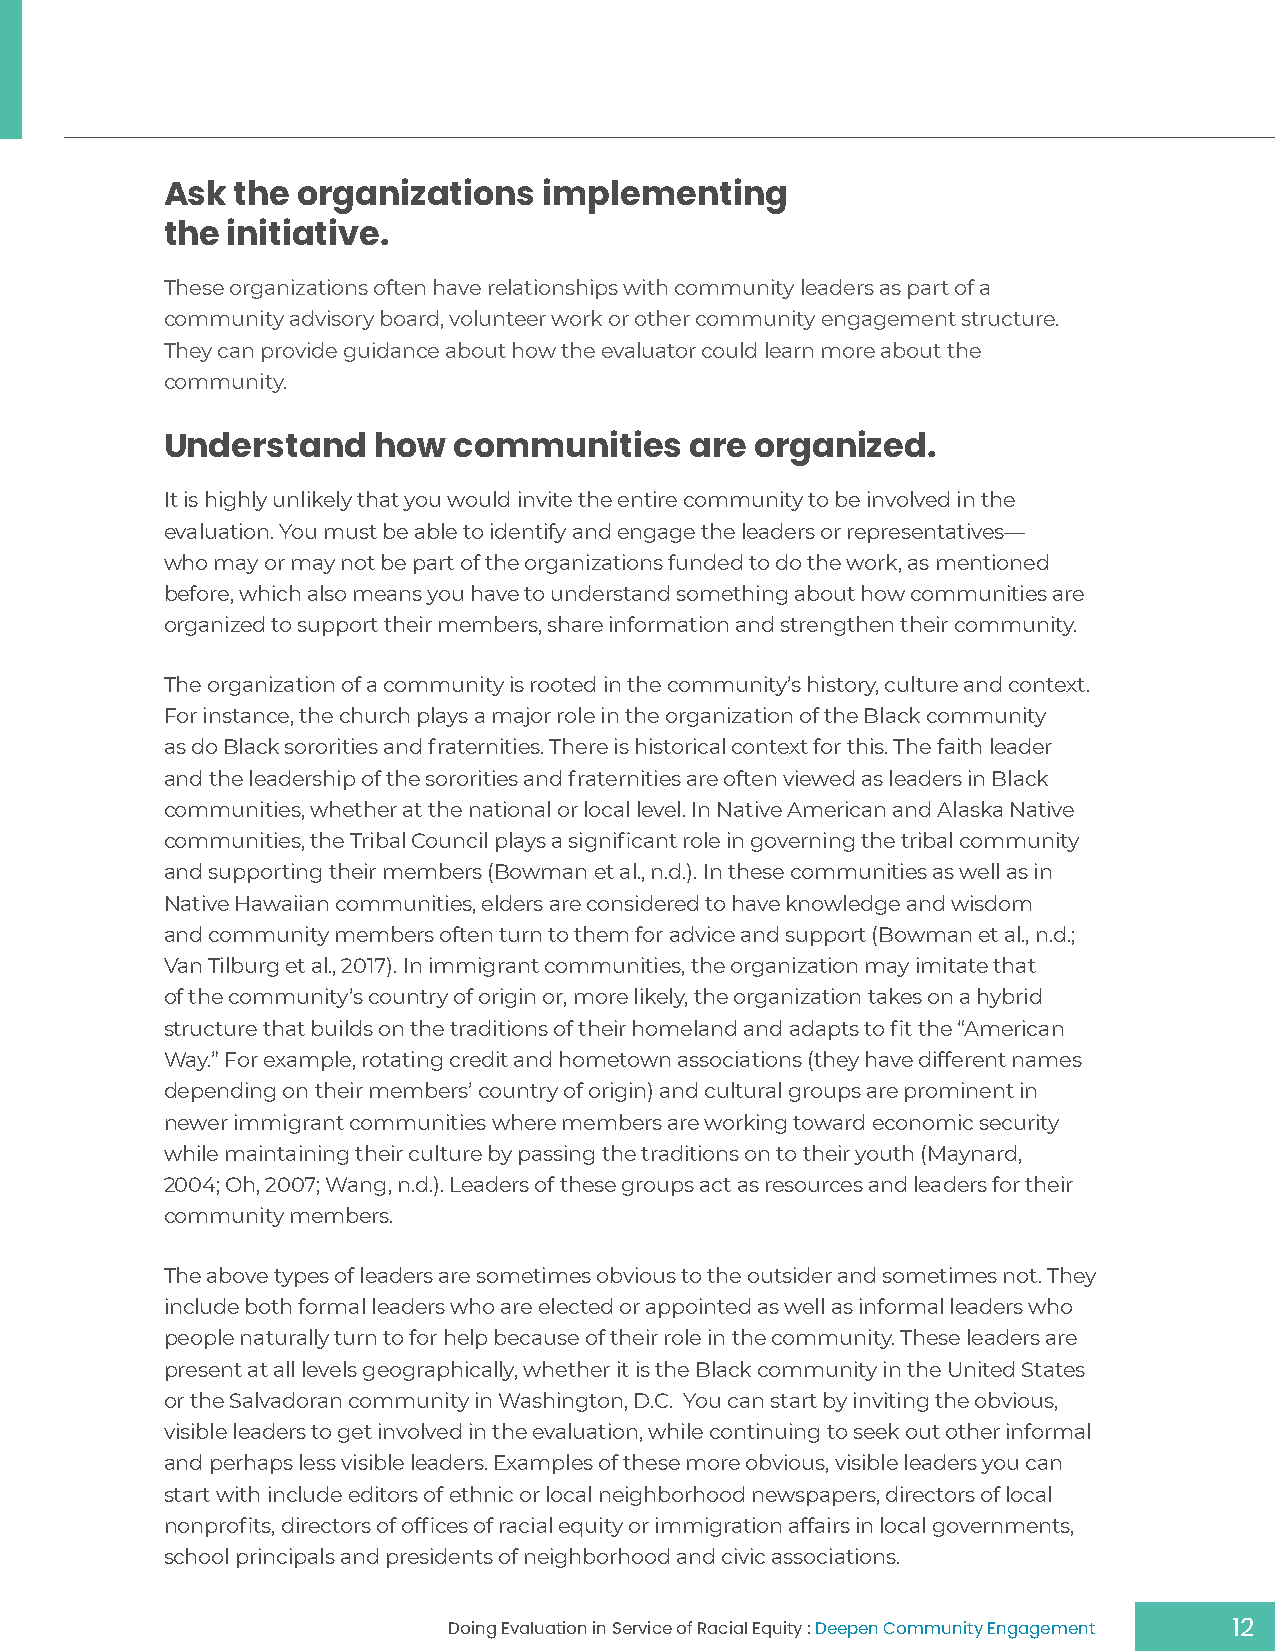
Ask  the organizations   implementing
 the initiative.
 These organizations often have relationships with community leaders as part of a
 community advisory board, volunteer work or other community engagement structure.
 They can provide guidance about how the evaluator could learn more about the
 community.
 Understand    how  communities     are organized.
 It is highly unlikely that you would invite the entire community to be involved in the
 evaluation. You must be able to identify and engage the leaders or representatives—
 who may or may not be part of the organizations funded to do the work, as mentioned
 before, which also means you have to understand something about how communities are
 organized to support their members, share information and strengthen their community.
 The organization of a community is rooted in the community’s history, culture and context.
 For instance, the church plays a major role in the organization of the Black community
 as do Black sororities and fraternities. There is historical context for this. The faith leader
 and the leadership of the sororities and fraternities are often viewed as leaders in Black
 communities, whether at the national or local level. In Native American and Alaska Native
 communities, the Tribal Council plays a significant role in governing the tribal community
 and supporting their members (Bowman et al., n.d.). In these communities as well as in
 Native Hawaiian communities, elders are considered to have knowledge and wisdom
 and community members often turn to them for advice and support (Bowman et al., n.d.;
 Van Tilburg et al., 2017). In immigrant communities, the organization may imitate that
 of the community’s country of origin or, more likely, the organization takes on a hybrid
 structure that builds on the traditions of their homeland and adapts to fit the “American
 Way.” For example, rotating credit and hometown associations (they have different names
 depending on their members’ country of origin) and cultural groups are prominent in
 newer immigrant communities where members are working toward economic security
 while maintaining their culture by passing the traditions on to their youth (Maynard,
 2004; Oh, 2007; Wang, n.d.). Leaders of these groups act as resources and leaders for their
 community members.
 The above types of leaders are sometimes obvious to the outsider and sometimes not. They
 include both formal leaders who are elected or appointed as well as informal leaders who
 people naturally turn to for help because of their role in the community. These leaders are
 present at all levels geographically, whether it is the Black community in the United States
 or the Salvadoran community in Washington, D.C. You can start by inviting the obvious,
 visible leaders to get involved in the evaluation, while continuing to seek out other informal
 and perhaps less visible leaders. Examples of these more obvious, visible leaders you can
 start with include editors of ethnic or local neighborhood newspapers, directors of local
 nonprofits, directors of offices of racial equity or immigration affairs in local governments,
 school principals and presidents of neighborhood and civic associations.
 Doing Evaluation in Service of Racial Equity : Deepen Community Engagement 12